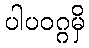
ပါပဝဂ္ဂမှိ